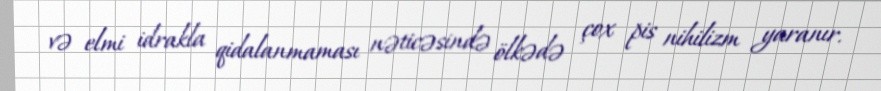
və elmi idrakla qidalanmaması nəticəsində ölkədə çox pis nihilizm yaranır.